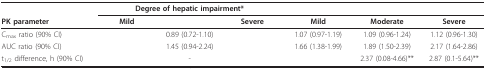
<table><thead><tr><td>[EMPTY_CELL]</td><td colspan="3"><b>Degree of hepatic impairment*</b></td><td colspan="3">[EMPTY_CELL]</td></tr><tr><td><b>PK parameter</b></td><td><b>Mild</b></td><td>[EMPTY_CELL]</td><td><b>Severe</b></td><td><b>Mild</b></td><td><b>Moderate</b></td><td><b>Severe</b></td></tr></thead><tbody><tr><td>C<sub>max </sub>ratio (90% CI)</td><td>[EMPTY_CELL]</td><td>0.89 (0.72-1.10)</td><td>[EMPTY_CELL]</td><td>1.07 (0.97-1.19)</td><td>1.09 (0.96-1.24)</td><td>1.12 (0.96-1.30)</td></tr><tr><td>AUC ratio (90% CI)</td><td>[EMPTY_CELL]</td><td>1.45 (0.94-2.24)</td><td>[EMPTY_CELL]</td><td>1.66 (1.38-1.99)</td><td>1.89 (1.50-2.39)</td><td>2.17 (1.64-2.86)</td></tr><tr><td>t<sub>1/2 </sub>difference, h (90% CI)</td><td>[EMPTY_CELL]</td><td>-</td><td>[EMPTY_CELL]</td><td>[EMPTY_CELL]</td><td>2.37 (0.08-4.66)**</td><td>2.87 (0.1-5.64)**</td></tr></tbody></table>